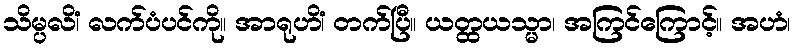
သိမ္ပလိံ၊ လက်ပံပင်ကို။ အာရုဟိံ၊ တက်ပြီ။ ယတ္ထယသ္မာ၊ အကြင်ကြောင့်။ အဟံ၊